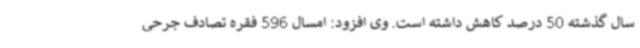
سال گذشته 50 درصد کاهش داشته است. وی افزود: امسال 596 فقره تصادف جرحی